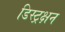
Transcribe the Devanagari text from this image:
डिस्ट्रक्षन